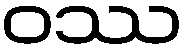
ဝဿ